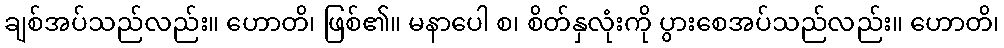
ချစ်အပ်သည်လည်း။ ဟောတိ၊ ဖြစ်၏။ မနာပေါ စ၊ စိတ်နှလုံးကို ပွားစေအပ်သည်လည်း။ ဟောတိ၊